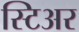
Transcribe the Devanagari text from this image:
स्टिअर